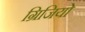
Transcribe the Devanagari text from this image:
ग्रिजियो